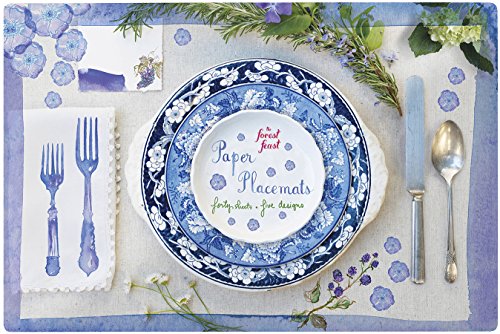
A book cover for The Forest Feast Paper Placemats: 40 Sheets, 5 Designs; Erin Gleeson; Cookbooks, Food & Wine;